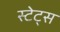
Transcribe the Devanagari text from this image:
स्टेट्‍स